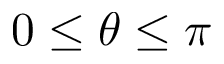
0 \le \theta \le \pi